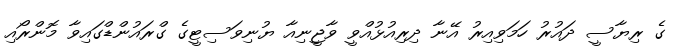
ގެ ރިޔާސީ ދައުރު ހަމަވިއިރު އޭނާ ދިރިއުޅުއްވީ ވާޖީނިއާ ޔުނިވަސިޓީގެ ގްރައުންޑްގައިވާ މޮންރޯއި